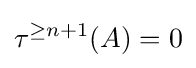
\tau ^{\geq n+1}(A)=0